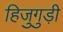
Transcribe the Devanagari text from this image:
हिजुगुड़ी